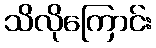
သိလိုကြောင်း